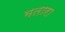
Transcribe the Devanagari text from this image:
मतारा